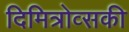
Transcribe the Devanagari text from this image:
दिमित्रोव्सकी